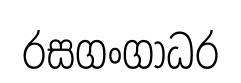
රසගංගාධර